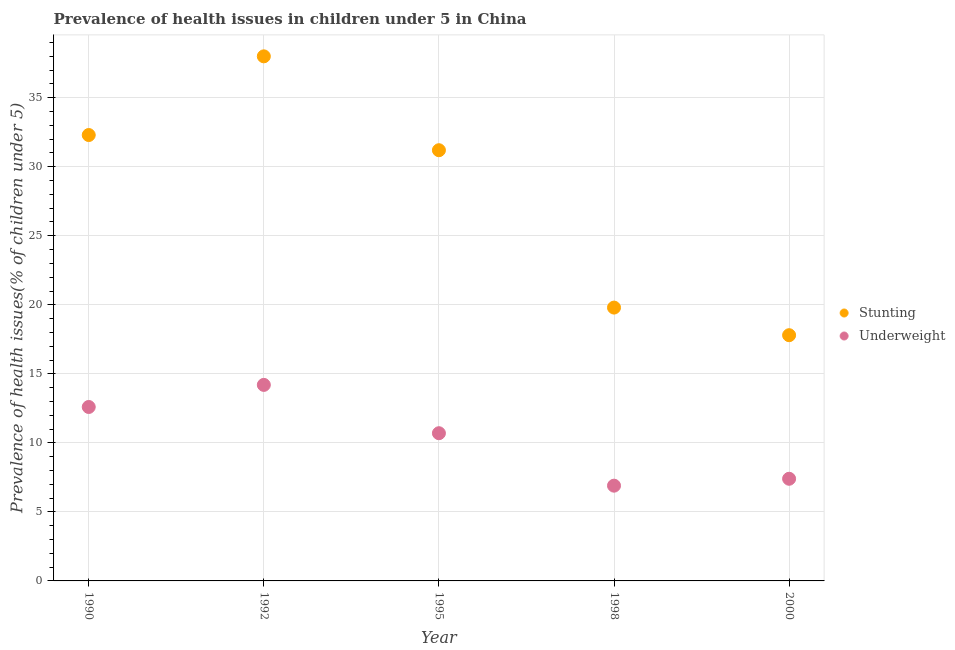
| Year | Stunting | Underweight |
 | --- | --- | --- |
 | 1990 | 32.3 | 12.6 |
 | 1992 | 38 | 14.2 |
 | 1995 | 31.2 | 10.7 |
 | 1998 | 19.8 | 6.9 |
 | 2000 | 17.8 | 7.4 |